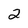
Character: 2